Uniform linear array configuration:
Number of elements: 48
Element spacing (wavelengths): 0.75
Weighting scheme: binomial
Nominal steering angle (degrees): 60
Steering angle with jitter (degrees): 61.554
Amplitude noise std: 0.05
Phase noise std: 0.05

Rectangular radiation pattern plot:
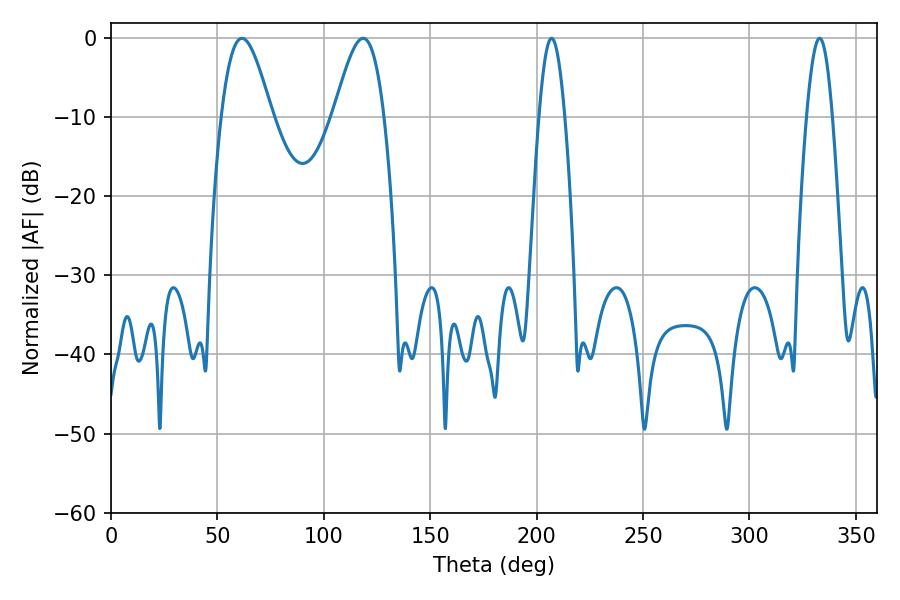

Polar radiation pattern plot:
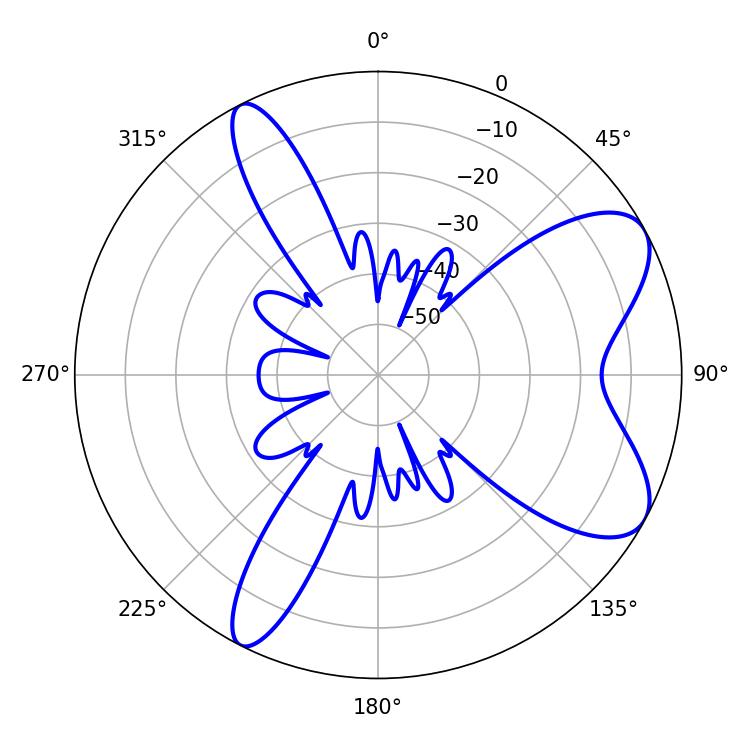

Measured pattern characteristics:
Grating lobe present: TRUE
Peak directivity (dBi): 7.814
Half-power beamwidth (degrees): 12.6
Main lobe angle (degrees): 61.56